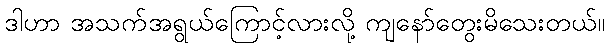
ဒါဟာ အသက်အရွယ်ကြောင့်လားလို့ ကျနော်တွေးမိသေးတယ်။